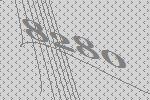
8280